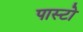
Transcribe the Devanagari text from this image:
पास्टो